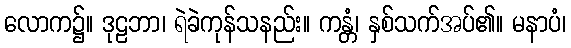
လောက၌။ ဒုဠဘာ၊ ရဲခဲကုန်သနည်း။ ကန္တံ၊ နှစ်သက်အပ်၏။ မနာပံ၊